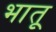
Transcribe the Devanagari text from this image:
भातू